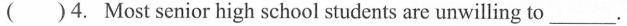
( )4. Most senior high school students are unwilling to ___.